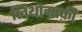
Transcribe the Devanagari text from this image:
लिथोग्राफ़ी